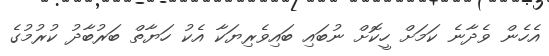
އެހެން ވެދާނެ ކަމަށް ހީކޮށް ނުބައި ބައިވެރިޔަކާ އެކު ހަޔާތް ބަރުބާދު ކުރުމުގެ